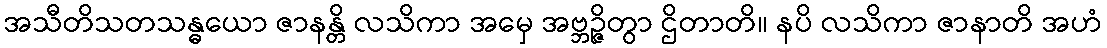
အသီတိသတသန္ဓယော ဇာနန္တိ လသိကာ အမှေ အဗ္ဘဉ္ဇိတွာ ဌိတာတိ။ နပိ လသိကာ ဇာနာတိ အဟံ